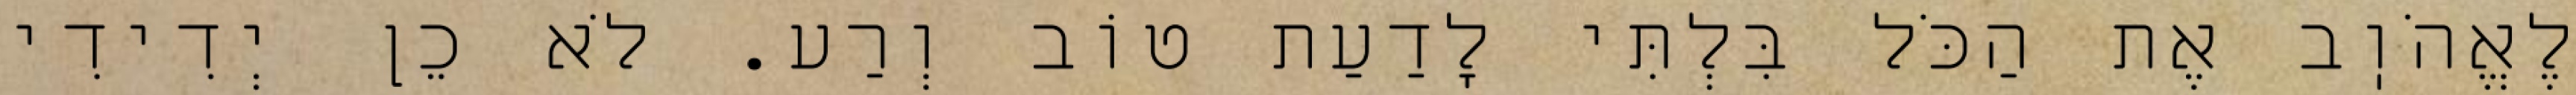
לֶאֱהֹוֽב אֶת הַכֹּל בִּלְתִּי לָדַעַת טוֹב וְרַע. לֹא כֵן יְדִידִי